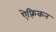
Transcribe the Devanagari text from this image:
ऐफ़्रिकन